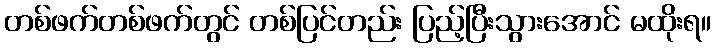
တစ်ဖက်တစ်ဖက်တွင် တစ်ပြင်တည်း ပြည့်ပြီးသွားအောင် မထိုးရ။